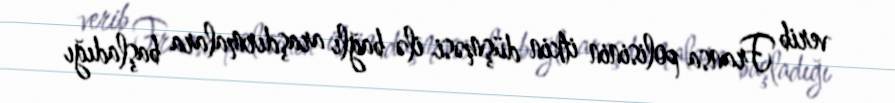
verib Fransa polisinin itkin düşməsi ilə bağlı araşdırmalara başladığı